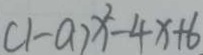
( 1 - a ) x ^ { 2 } - 4 x + 6